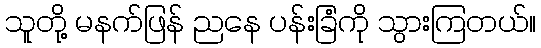
သူတို့ မနက်ဖြန် ညနေ ပန်းခြံကို သွားကြတယ်။